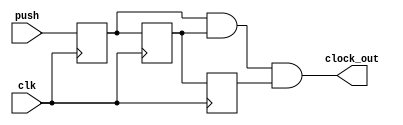
`timescale 1ns / 1ps


module debounce(
    input clk,
    input push,
    output clock_out
    );
    reg D1,D2,D3;
            always @(posedge clk)
            begin
                D1<=push;
                D2<=D1;
                D3<=D2;
               end
            assign clock_out=D1&&D2&&D3;
        
        
endmodule